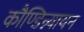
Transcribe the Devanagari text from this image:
कौण्डिन्न्यायन